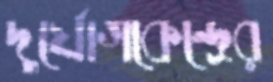
দুর্যোগকেন্দ্রের